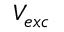
V _ { e x c }